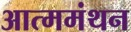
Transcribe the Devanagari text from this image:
आत्ममंथन